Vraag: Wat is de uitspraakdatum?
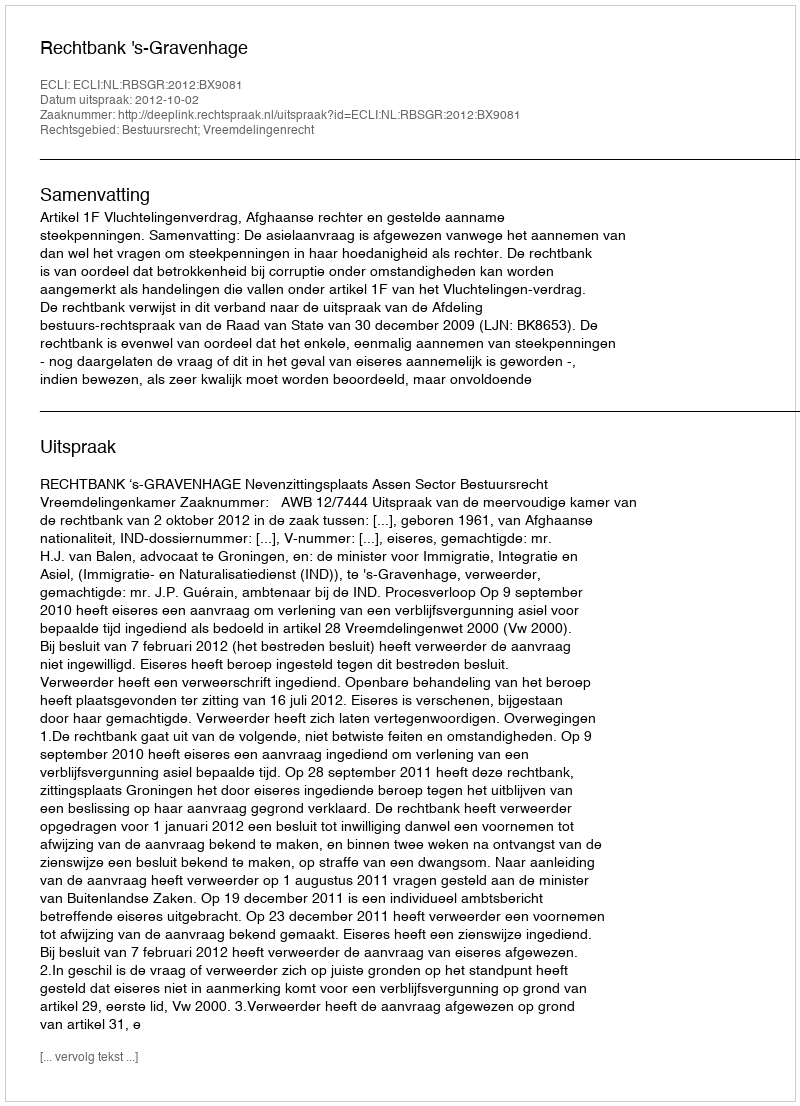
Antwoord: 2012-10-02